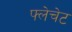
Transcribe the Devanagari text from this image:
फ्लेचेट